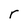
Character: r